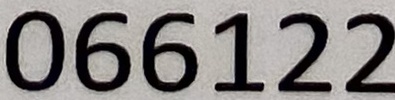
066122